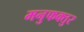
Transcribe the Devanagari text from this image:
मनुफक्तुर